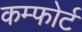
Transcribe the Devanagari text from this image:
कम्फोर्ट